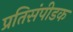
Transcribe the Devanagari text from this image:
प्रतिसंपीडक